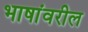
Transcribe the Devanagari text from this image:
भाषांवरील